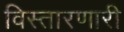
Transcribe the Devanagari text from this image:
विस्तारणारी